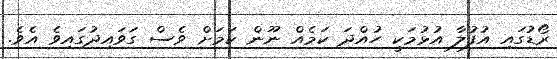
ރޯޑުގައި އުފުލާ އުޅުމަކީ ހުއްދަ ކަމެއް ނޫން ކަމަށް ވެސް ގަވައިދުގައިވެ އެވެ.